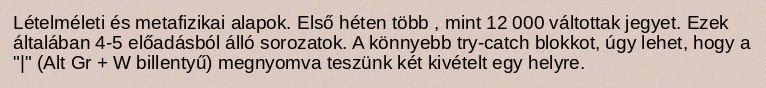
Lételméleti és metafizikai alapok. Első héten több , mint 12 000 váltottak jegyet. Ezek általában 4-5 előadásból álló sorozatok. A könnyebb try-catch blokkot, úgy lehet, hogy a "|" (Alt Gr + W billentyű) megnyomva teszünk két kivételt egy helyre.